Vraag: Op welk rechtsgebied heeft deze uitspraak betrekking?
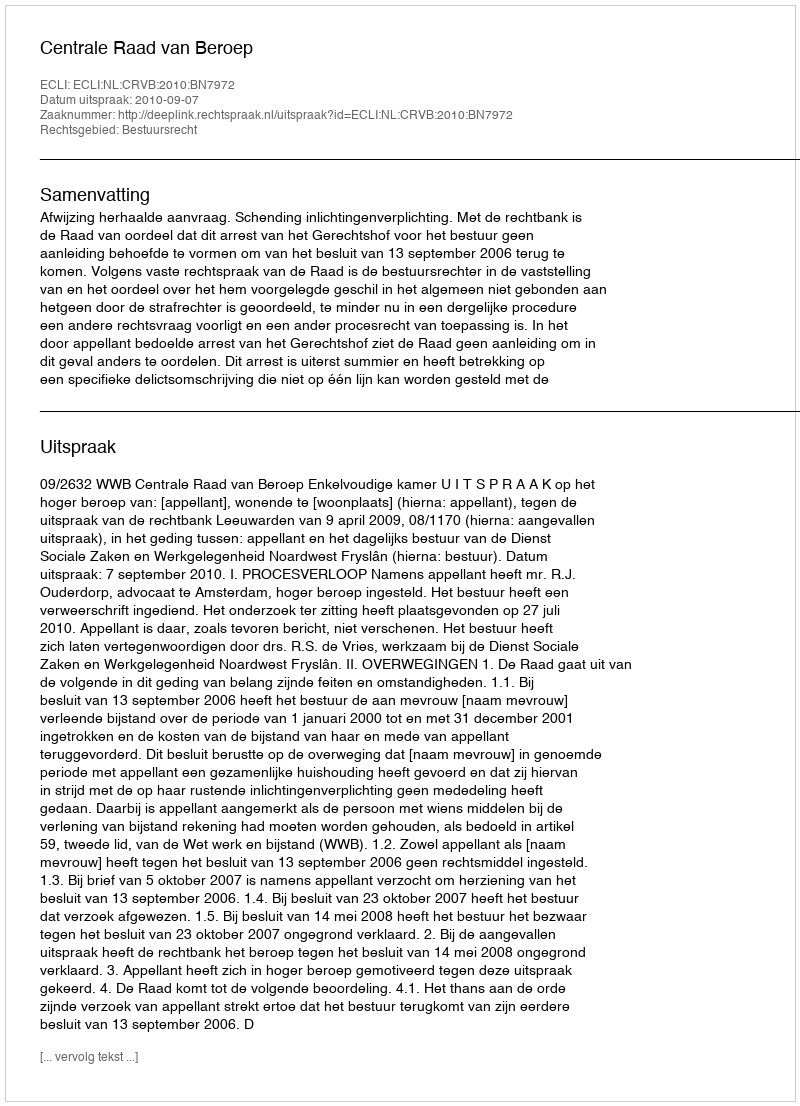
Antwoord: Bestuursrecht